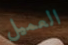
العميل